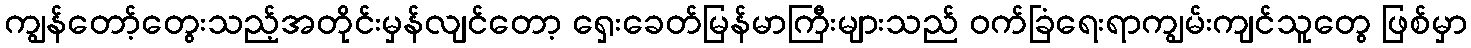
ကျွန်တော့်တွေးသည့်အတိုင်းမှန်လျင်တော့ ရှေးခေတ်မြန်မာကြီးများသည် ဝက်ခြံရေးရာကျွမ်းကျင်သူတွေ ဖြစ်မှာ